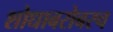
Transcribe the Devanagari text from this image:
शोधाबरोबरच